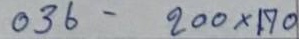
036 - 200x170